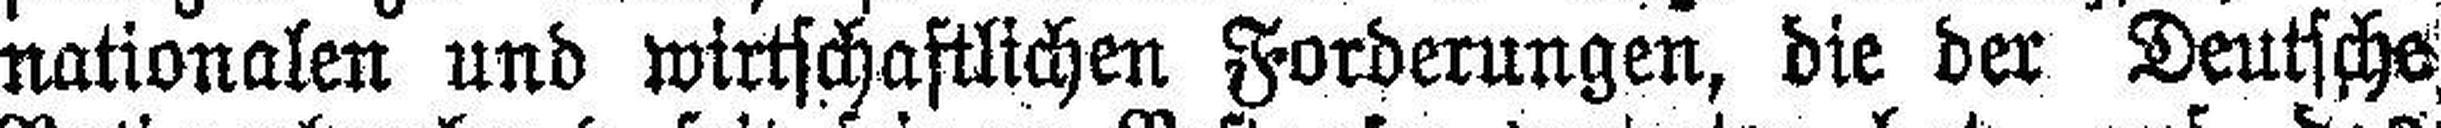
nationalen und wirtschaftlichen Forderungen, die der Deutsche